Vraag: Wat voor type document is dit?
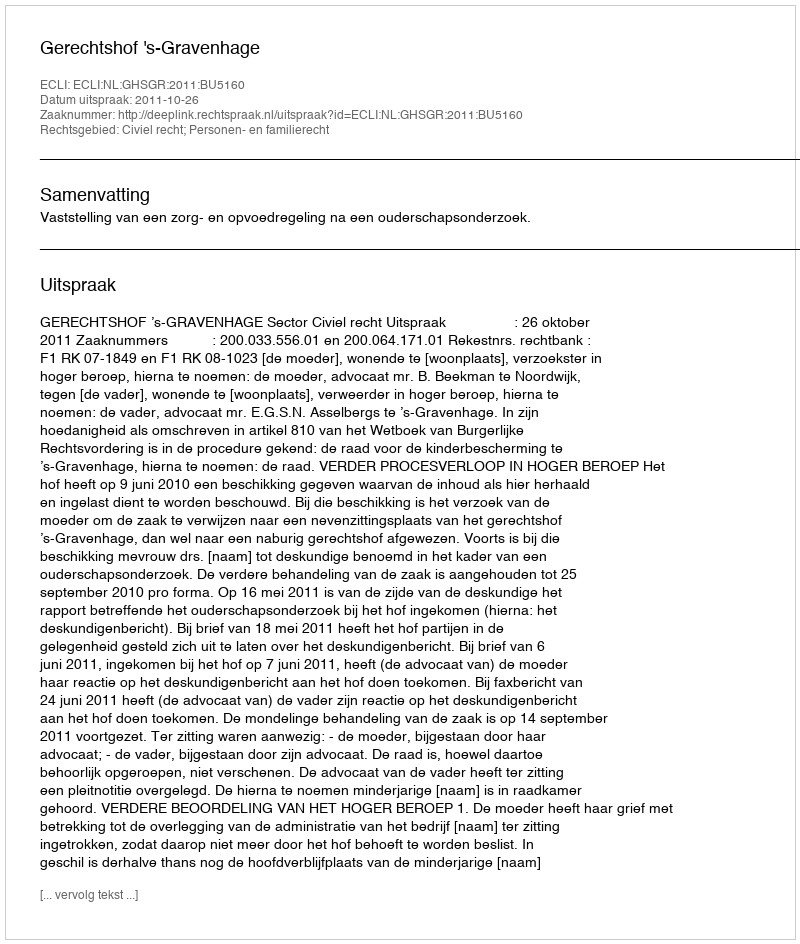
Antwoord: Uitspraak